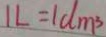
1 L = 1 d m ^ { 3 }